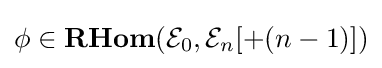
\phi \in \mathbf {RHom} ({\mathcal {E}}_{0},{\mathcal {E}}_{n}[+(n-1)])